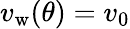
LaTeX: v_{\mathrm{w}}(\theta)=v_{0}